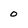
Character: 0